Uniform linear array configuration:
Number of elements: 32
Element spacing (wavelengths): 0.5
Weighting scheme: uniform
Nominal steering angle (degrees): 60
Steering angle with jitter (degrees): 58.942
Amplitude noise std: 0.05
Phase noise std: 0.05

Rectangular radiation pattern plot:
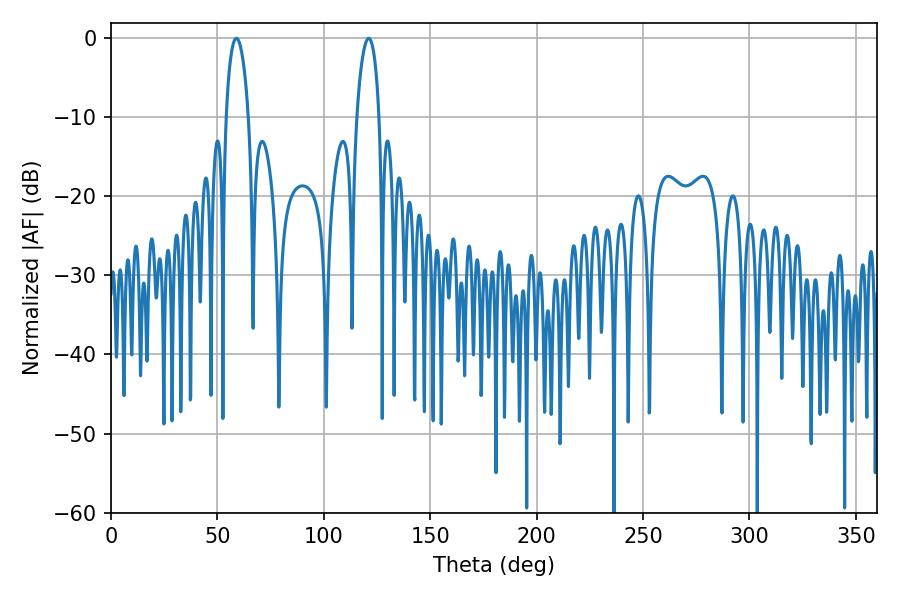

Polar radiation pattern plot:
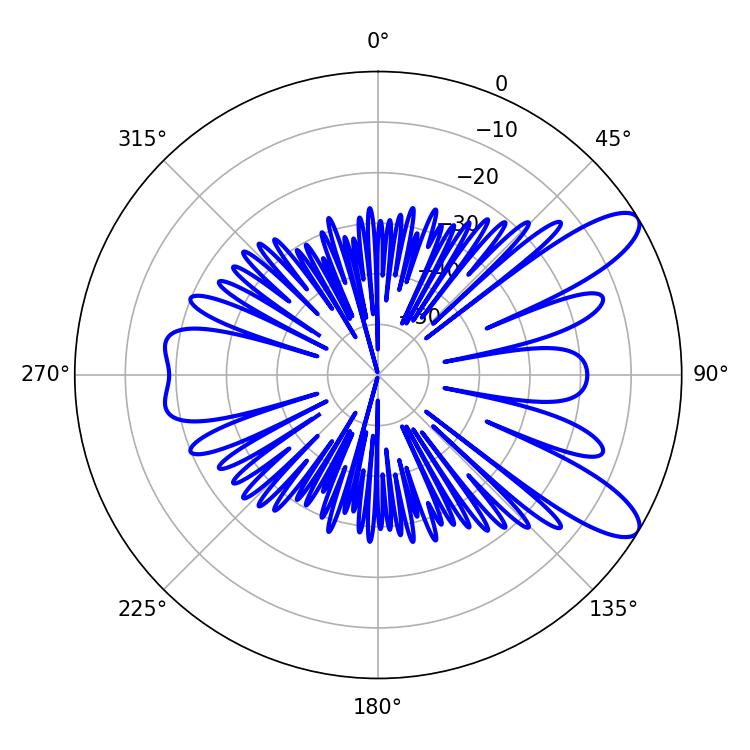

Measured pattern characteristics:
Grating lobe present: FALSE
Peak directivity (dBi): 10.081
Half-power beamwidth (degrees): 6.12
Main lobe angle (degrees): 58.86